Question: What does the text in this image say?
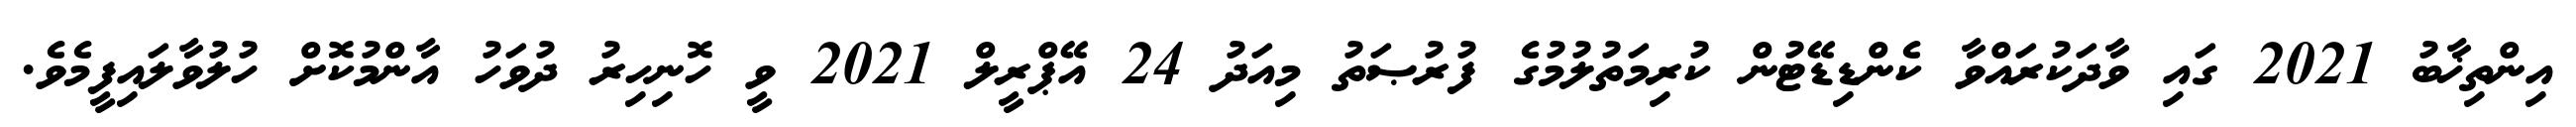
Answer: އިންތިޚާބު 2021 ގައި ވާދަކުރައްވާ ކެންޑިޑޭޓުން ކުރިމަތުލުމުގެ ފުރުޞަތު މިއަދު 24 އޭޕްރީލް 2021 ވީ ހޮނިހިރު ދުވަހު އާންމުކޮށް ހުލުވާލައިފީމެވެ.